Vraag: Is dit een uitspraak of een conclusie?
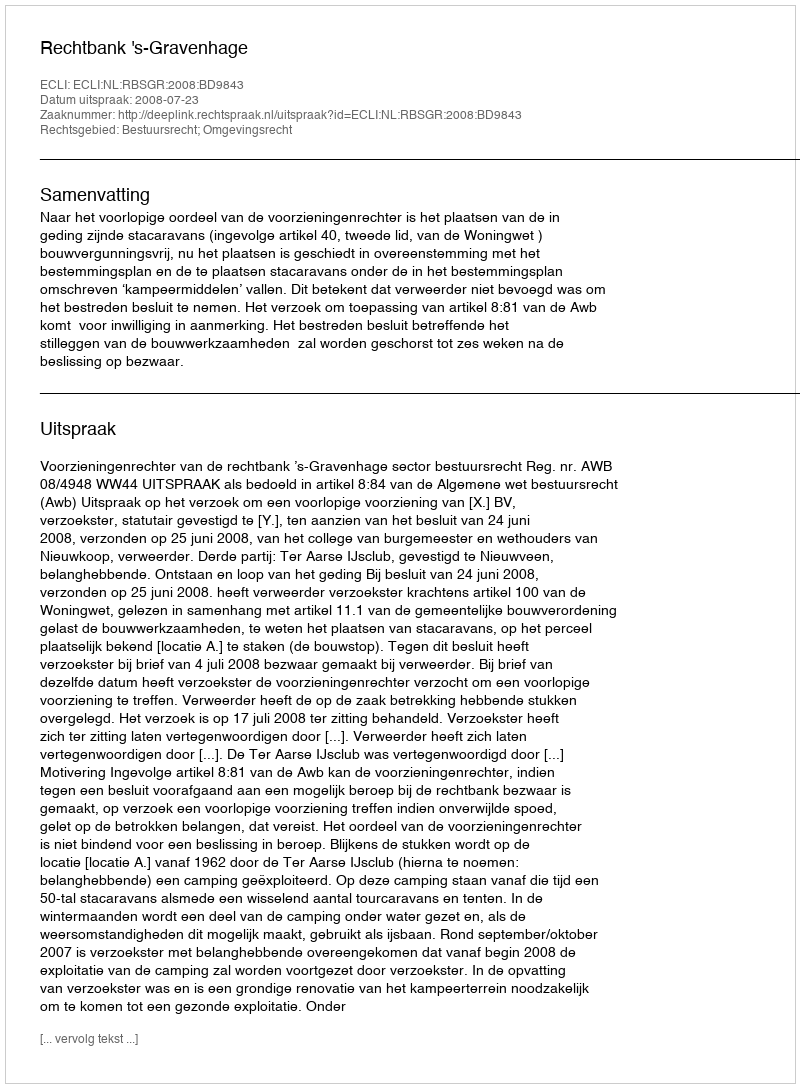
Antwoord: Uitspraak